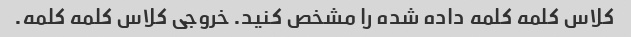
کلاس کلمه کلمه داده شده را مشخص کنید. خروجی کلاس کلمه کلمه.